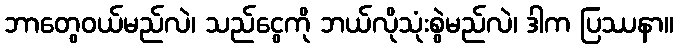
ဘာတွေဝယ်မည်လဲ၊ သည်ငွေကို ဘယ်လိုသုံးစွဲမည်လဲ၊ ဒါက ပြဿနာ။